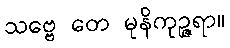
သဗ္ဗေ တေ မုနိကုဉ္ဇရာ။